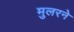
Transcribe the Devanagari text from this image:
मुलरने